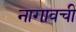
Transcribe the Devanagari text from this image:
नागावची